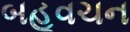
બહૂવચન